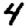
Digit: 4